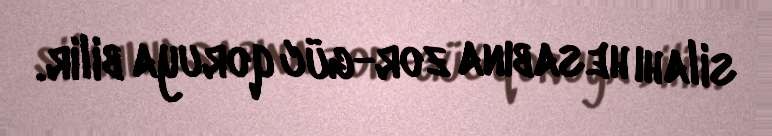
silahı hesabına zor-güc qoruya bilir.